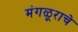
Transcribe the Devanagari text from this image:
मंगळूराचे